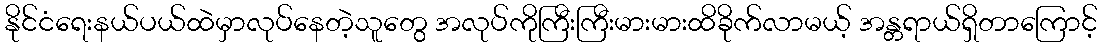
နိုင်ငံရေးနယ်ပယ်ထဲမှာလုပ်နေတဲ့သူတွေ အလုပ်ကိုကြီးကြီးမားမားထိခိုက်လာမယ့် အန္တရာယ်ရှိတာကြောင့်